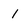
Character: l